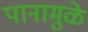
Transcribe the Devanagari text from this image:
पानामुळे